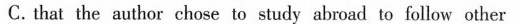
C.that the author chase tω study aboad to fallow sher